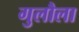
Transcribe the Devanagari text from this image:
गुलौला